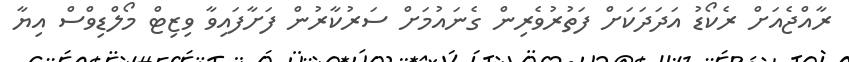
ރާއްޖެއަށް ރެކޯޑު އަދަދަކަށް ފަތުރުވެރިން ގެނައުމަށް ސަރުކާރުން ފަށާފައިވާ ވިޒިޓް މޯލްޑިވްސް އިޔާ